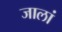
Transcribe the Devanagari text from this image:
जालां